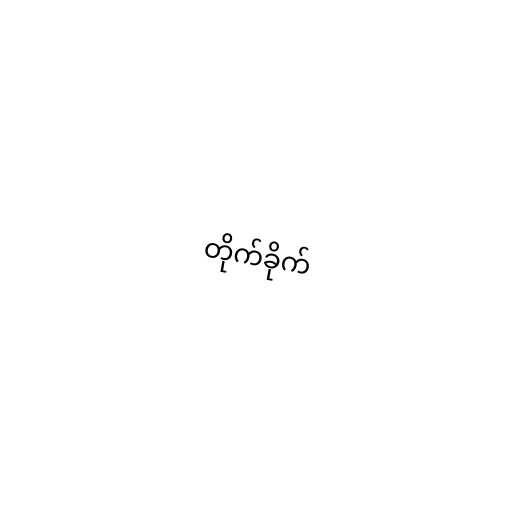
တိုက်ခိုက်